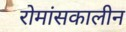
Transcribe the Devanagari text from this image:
रोमांसकालीन